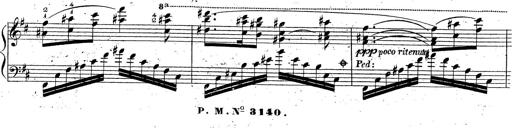
Title: Grande fantaisie sur la tyrolienne de l'opÃ©ra
Composer: Franz Liszt
Key: A major